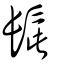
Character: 髭